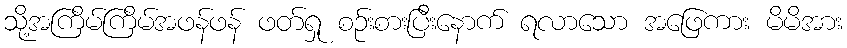
သို့အကြိမ်ကြိမ်အဖန်ဖန် ဖတ်ရှု စဉ်းစားပြီးနောက် ရလာသော အဖြေကား မိမိအား